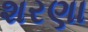
શરણા